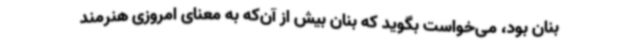
بنان بود، می‌خواست بگوید که بنان بیش از آن‌که به معنای امروزی هنرمند